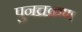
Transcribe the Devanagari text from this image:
पुनच्रक्रण